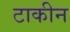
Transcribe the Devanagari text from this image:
टाकीन